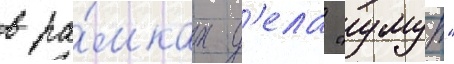
в ра́мках д'ела "умут"